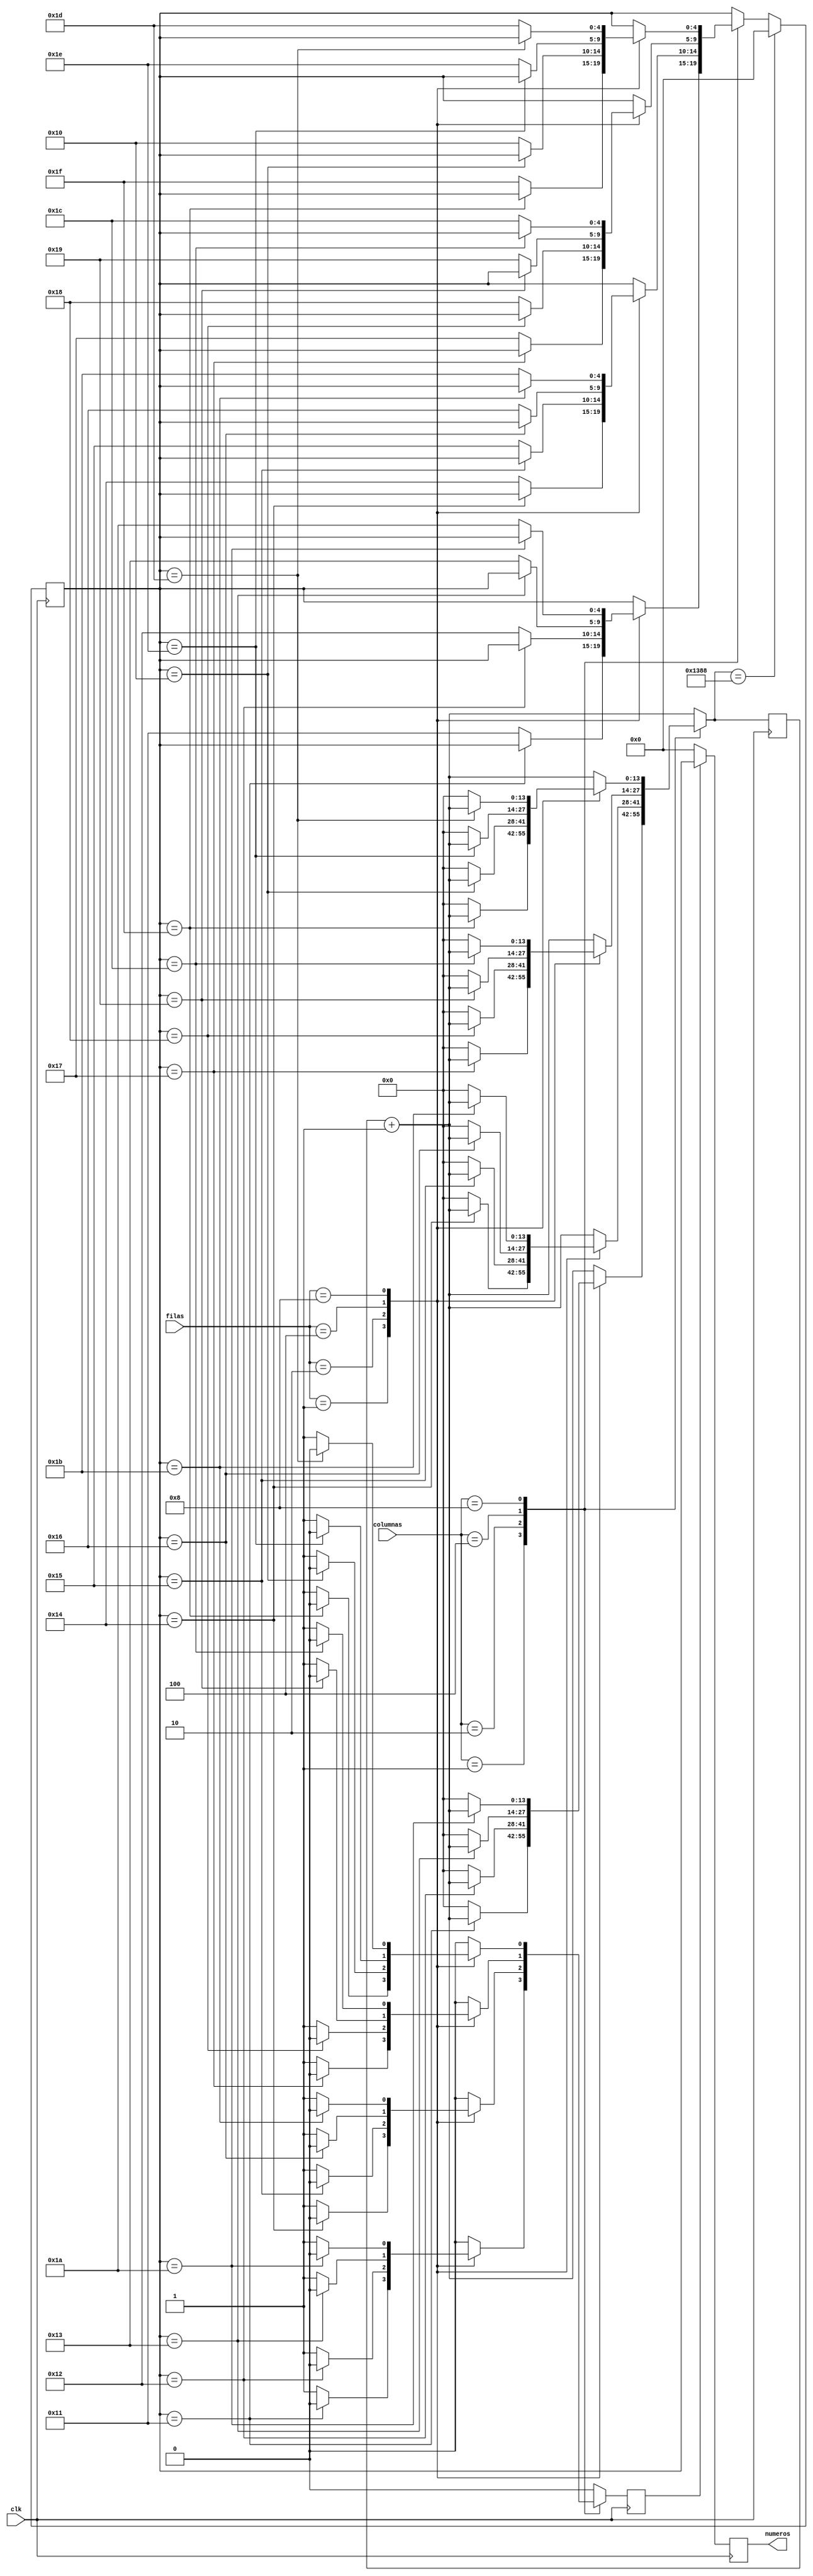
module Comparador(clk, filas, columnas, numeros);
//Modulo que compara las columnas con las filas del teclado matricial
//El cdigo esta pensado para que los botones solo entreguen 1 vez el valor
input [3:0]columnas;
input [3:0]filas;
input clk;
//Salida con el valor del teclado
//La salida es de 5 bits, el primero dice si la informacin del valor es util, los otros 4 son el nmero
//Esto con el fin de evitar tener un cero constante.
output reg [4:0]numeros;

//Registros
//Num guarda un valor provicional del teclado
reg [4:0]num;
//shift_num guarda el valor de num y luego lo compara
reg [4:0]shift_num;
//Env se utiliza para enviar o no el valor del teclado
reg env;
reg [13:0]delay;
initial begin
num = 0;
end


always @(posedge clk)
begin
//Se suma en 1 el delay y se deja env en 0
delay = delay + 1;
env = 0;

//Se comparan las filas con las columnas
case(columnas)
	4'b0001:
		case(filas)
		//Se guarda un valor provicional en num, si es el mismo que hay guardado en shift num, no se enva nada.
		//Si el valor es diferente, se guarda num en shit_num, se reinicia delay y se enva el valor del boton.
		4'b0001: begin num = 5'h11; if(shift_num == num) env = 0; else begin shift_num = num; delay = 0; env = 1; end end
		4'b0010: begin num = 5'h12; if(shift_num == num) env = 0; else begin shift_num = num; delay = 0; env = 1; end end
		4'b0100: begin num = 5'h13; if(shift_num == num) env = 0; else begin shift_num = num; delay = 0; env = 1; end end
		4'b1000: begin num = 5'h1A; if(shift_num == num) env = 0; else begin shift_num = num; delay = 0; env = 1; end end
		endcase
	4'b0010:
		case(filas)
		4'b0001: begin num = 5'h14; if(shift_num == num) env = 0; else begin shift_num = num; delay = 0; env = 1; end end
		4'b0010: begin num = 5'h15; if(shift_num == num) env = 0; else begin shift_num = num; delay = 0; env = 1; end end
		4'b0100: begin num = 5'h16; if(shift_num == num) env = 0; else begin shift_num = num; delay = 0; env = 1; end end
		4'b1000: begin num = 5'h1B; if(shift_num == num) env = 0; else begin shift_num = num; delay = 0; env = 1; end end
		endcase
	4'b0100:
		case(filas)
		4'b0001: begin num = 5'h17; if(shift_num == num) env = 0; else begin shift_num = num; delay = 0; env = 1; end end
		4'b0010: begin num = 5'h18; if(shift_num == num) env = 0; else begin shift_num = num; delay = 0; env = 1; end end
		4'b0100: begin num = 5'h19; if(shift_num == num) env = 0; else begin shift_num = num; delay = 0; env = 1; end end
		4'b1000: begin num = 5'h1C; if(shift_num == num) env = 0; else begin shift_num = num; delay = 0; env = 1; end end
		endcase
	4'b1000:
		case(filas)
		4'b0001: begin num = 5'h1F; if(shift_num == num) env = 0; else begin shift_num = num; delay = 0; env = 1; end end
		4'b0010: begin num = 5'h10; if(shift_num == num) env = 0; else begin shift_num = num; delay = 0; env = 1; end end
		4'b0100: begin num = 5'h1E; if(shift_num == num) env = 0; else begin shift_num = num; delay = 0; env = 1; end end
		4'b1000: begin num = 5'h1D; if(shift_num == num) env = 0; else begin shift_num = num; delay = 0; env = 1; end end 
		endcase	
endcase	

//despues de medio segundo (ms de lo que duraria una pulsacin normal de un boton),  shift_num se coloca en 0
if(delay == 'd5000) shift_num = 5'h00;
end

always@(posedge clk)begin
//Cuando env es 1, el valor guardado en shift_num se enva. De lo contrario la salida es 0.
if(env == 1) numeros = shift_num;
else numeros = 5'h00;
end
endmodule